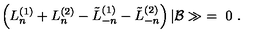
\left( L _ { n } ^ { ( 1 ) } + L _ { n } ^ { ( 2 ) } - \tilde { L } _ { - n } ^ { ( 1 ) } - \tilde { L } _ { - n } ^ { ( 2 ) } \right) \vert { \cal B } \gg \ = \ 0 \ .